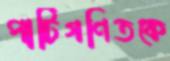
পাটিগণিতকে